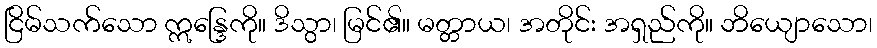
ငြိမ်သက်သော ဣန္ဒြေကို။ ဒိသွာ၊ မြင်၏။ မတ္တာယ၊ အတိုင်း အရှည်ကို။ ဘိယျောသော၊